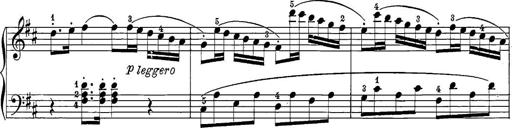
Title: 12 Sonatine per Pianoforte
Composer: Friedrich Kuhlau